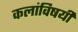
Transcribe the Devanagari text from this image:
कलांविषयी